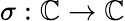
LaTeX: \sigma:\mathbb{C}\rightarrow\mathbb{C}